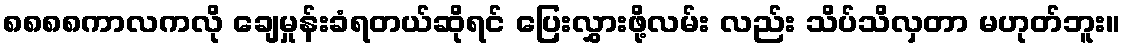
၈၈၈၈ကာလကလို ချေမှုန်းခံရတယ်ဆိုရင် ပြေးလွှားဖို့လမ်း လည်း သိပ်သိလှတာ မဟုတ်ဘူး။